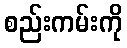
စည်းကမ်းကို